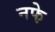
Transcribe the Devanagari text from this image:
नफे़